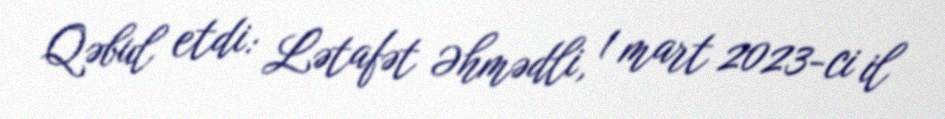
Qəbul etdi: Lətafət Əhmədli, 1 mart 2023-ci il